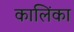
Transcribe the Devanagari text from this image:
कालिंका